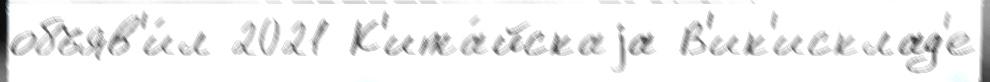
объяв'и́л 2021 К'ита́йскаjа В'ик'исклад'е